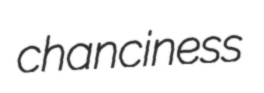
chanciness